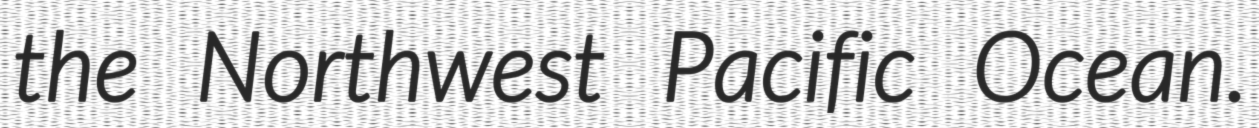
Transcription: the Northwest Pacific Ocean.